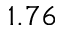
1 . 7 6